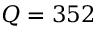
Q = 3 5 2